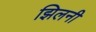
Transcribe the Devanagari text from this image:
झिलनी